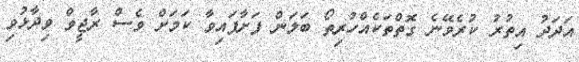
އަދަދު އިތުރު ކުރެވޭނެ ގޮތްތަކެއްހުރިތޯ ބަލަން ފަށާފައިވާ ކަމަށް ވެސް ރާޖީވް ވިދާޅުވި